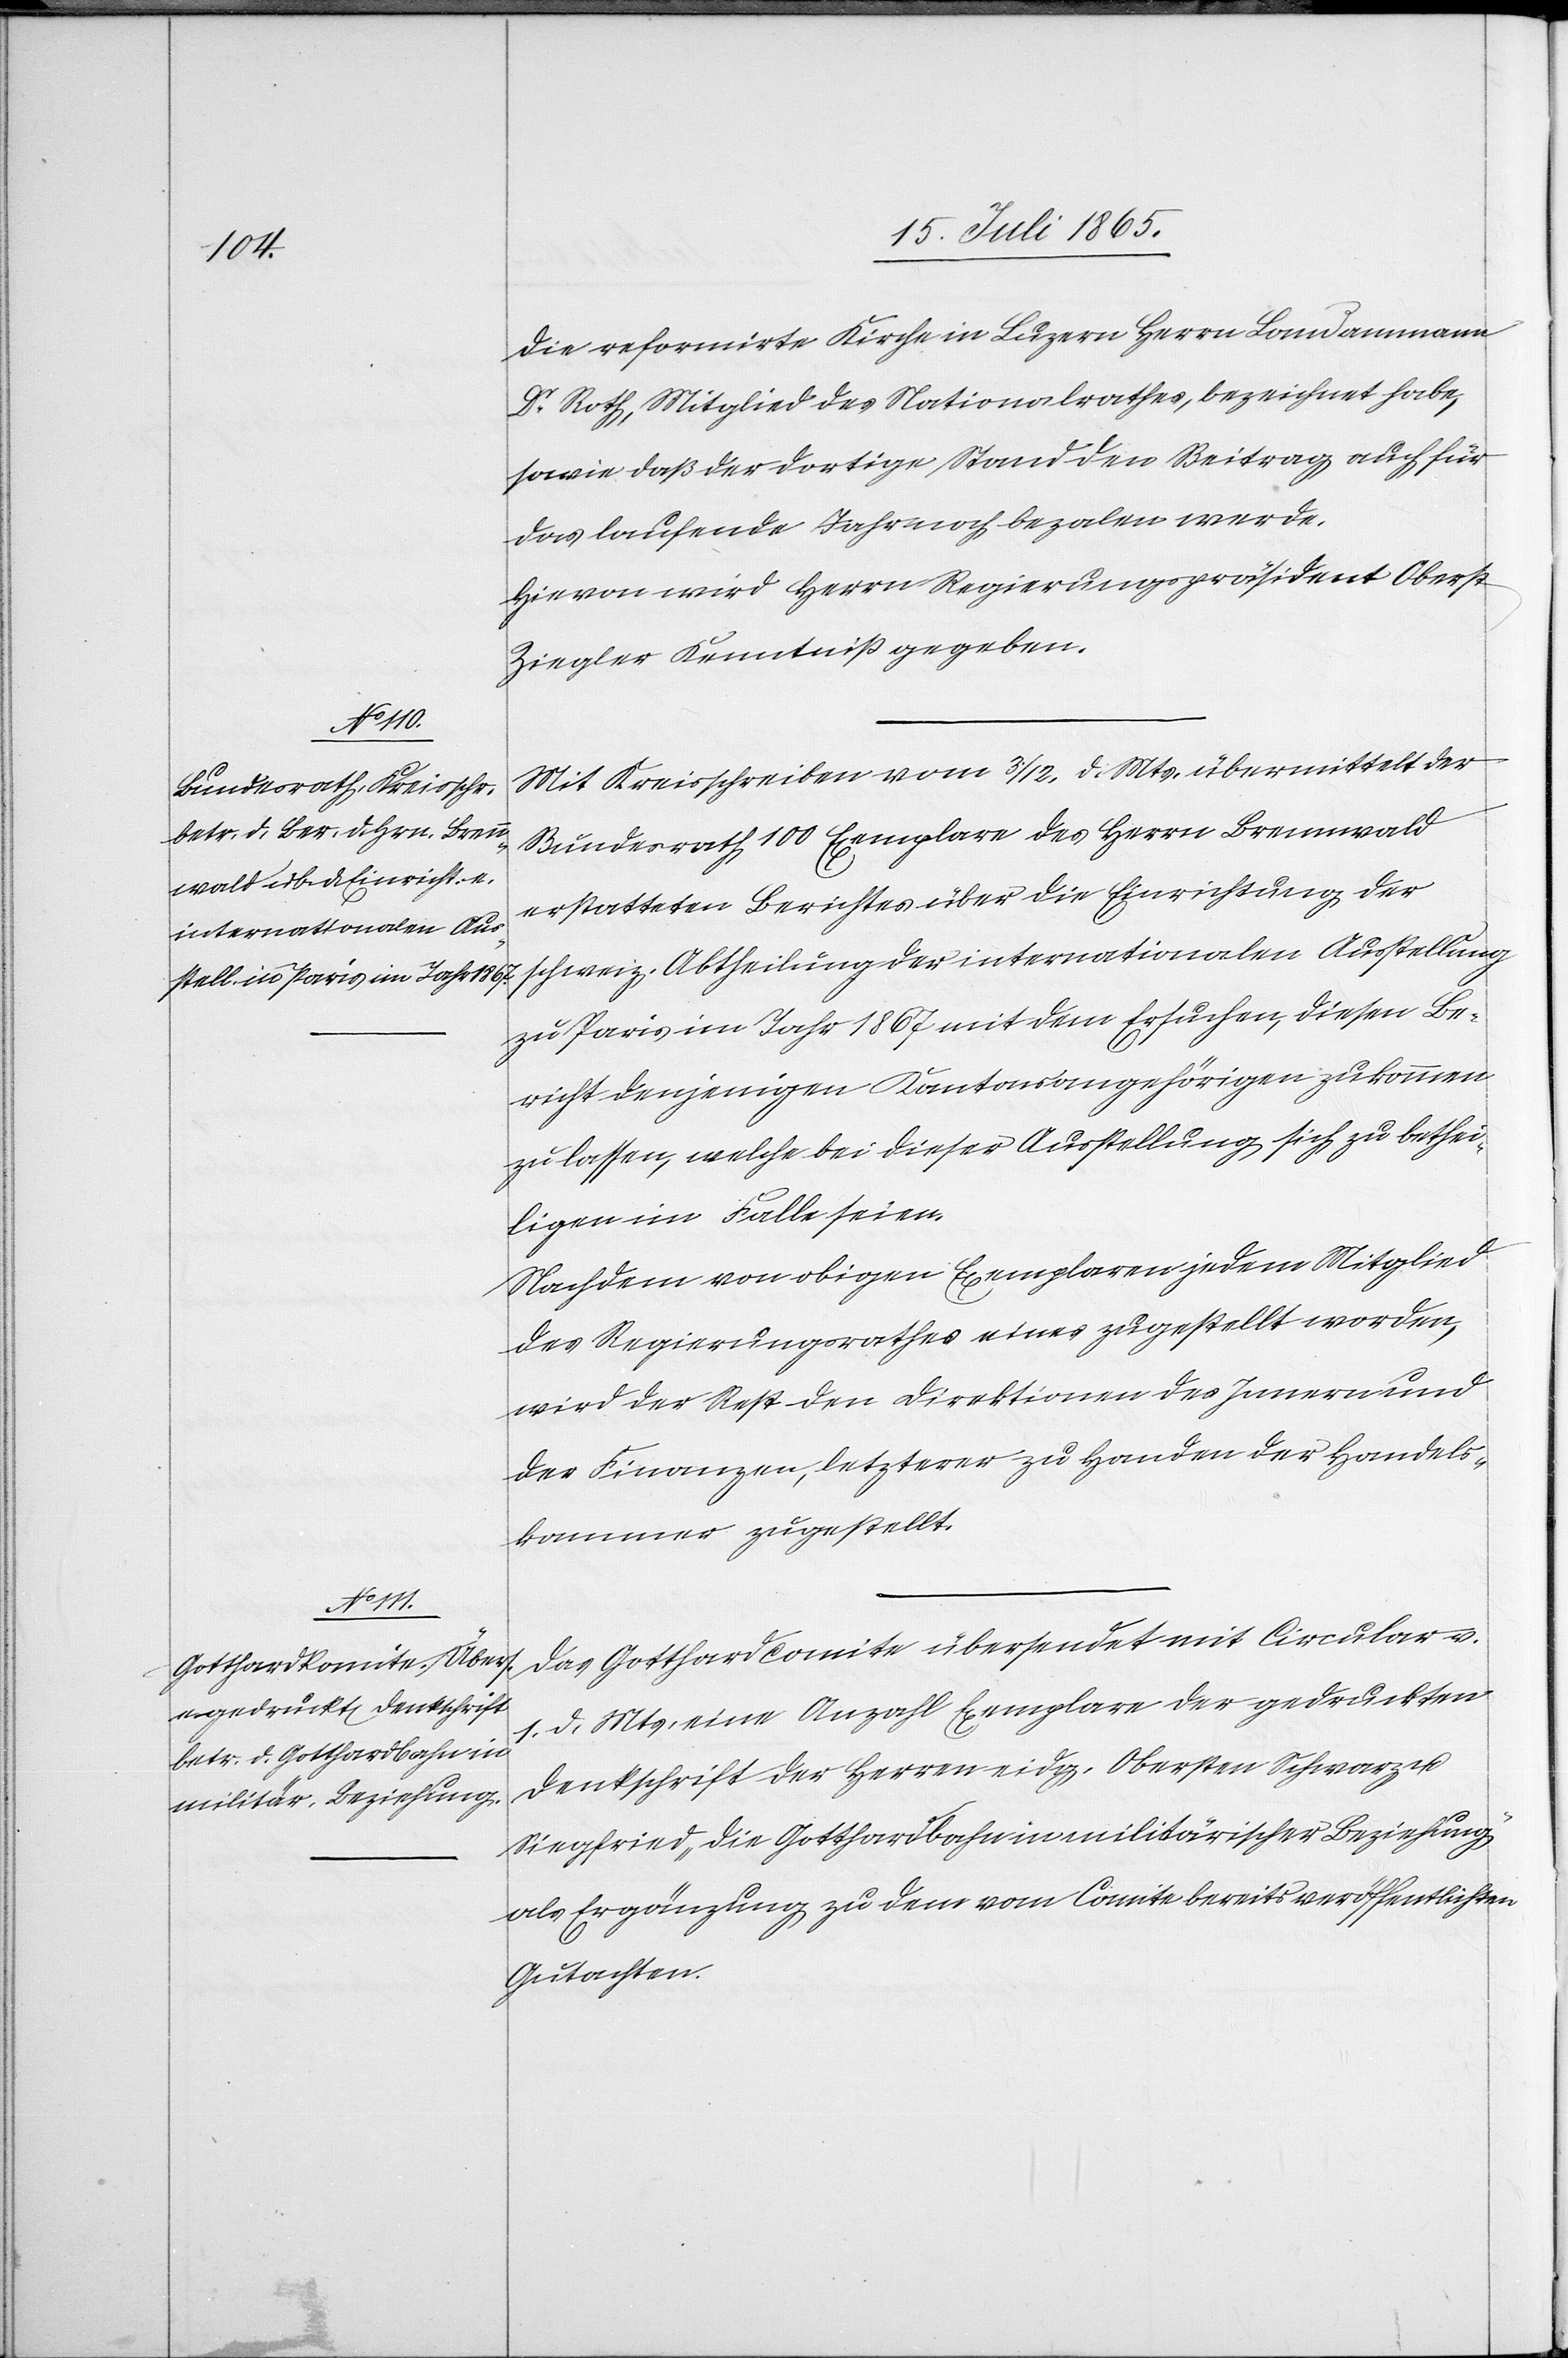
die reformirte Kirche in Luzern Herrn Landammann
Dr Roth, Mitglied des Nationalrathes, bezeichnet habe,
sowie daß der dortige Stand den Beitrag auch für
das laufende Jahr noch bezalen werde.
Hievon wird Herrn Regierungspräsident Oberst
Ziegler Kenntniß gegeben.
Mit Kreisschreiben vom 3/2. d. Mts. übermittelt der
Bundesrath 100 Exemplare des [von] Herrn Brennwald
erstatteten Berichtes über die Einrichtung der
schweiz. Abtheilung der internationalen Ausstellung
zu Paris im Jahr 1867 mit dem Ersuchen, diesen Be¬
richt denjenigen Kantonsangehörigen zukommen
zu lassen, welche bei dieser Ausstellung sich zu bethei¬
ligen im Falle seien.
Nachdem von obigen Exemplaren jedem Mitglied
des Regierungsrathes eines zugestellt worden,
wird der Rest den Direktionen des Innern und
der Finanzen, letzterer zu Handen der Handels¬
kammer zugestellt.
Das Gotthardcomite übersendet mit Circular v.
1. d. Mts. eine Anzahl Exemplare der gedruckten
Denkschrift der Herren eidg. Obersten Schwarz u.
Siegfried „Die Gotthardbahn in militärischer Beziehung“
als Ergänzung zu dem vom Comite bereits veröffentlichten
Gutachten.